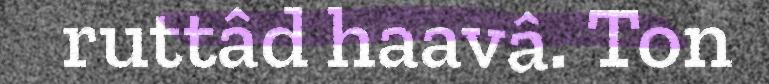
ruttâd haavâ. Ton